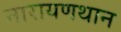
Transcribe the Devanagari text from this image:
नारायणथान